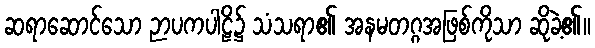
ဆရာဆောင်သော ဉာပကပါဠိ၌ သံသရာ၏ အနမတဂ္ဂအဖြစ်ကိုသာ ဆိုခဲ့၏။